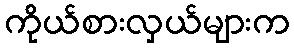
ကိုယ်စားလှယ်များက